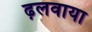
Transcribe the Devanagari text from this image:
ढ़लवाया